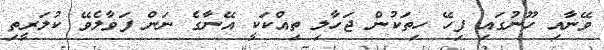
ވޭނާއި ހޫނުގައި ފިހޭ ހިތަކުން ޖަހާލި ތިއްކަކީ އޭނާގެ ނަން ފަވާލެވޭ ކުލަރީތި